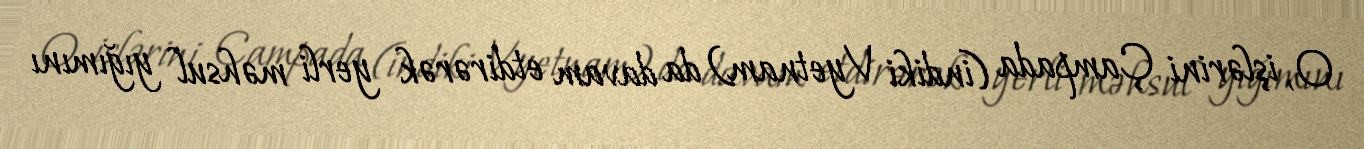
O, işlərini Çampada (indiki Vyetnam) da davam etdirərək yerli məhsul yığımını